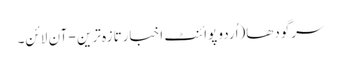
سرگودھا(اُردو پوائنٹ اخبارتازہ ترین - آن لائن۔